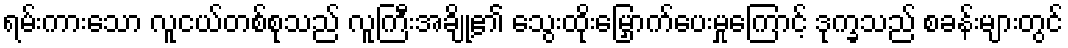
ရမ်းကားသော လူငယ်တစ်စုသည် လူကြီးအချို့၏ သွေးထိုးမြှောက်ပေးမှုကြောင့် ဒုက္ခသည် စခန်းများတွင်